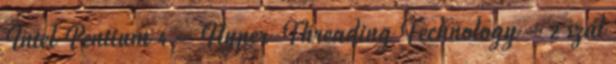
Intel Pentium 4 – Hyper-Threading Technology – 2 szál